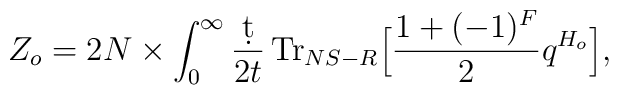
Z_o = 2N\times \int_{0}^{\infty} \frac{\d t}{2t} \, \mbox{Tr}_{NS-R}\Big[\frac{1+(-1)^F}{2}q^{H_o}\Big],